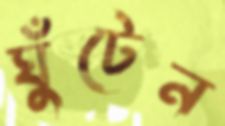
ঘুঁটেন